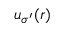
u _ { \sigma ^ { \prime } } ( r )